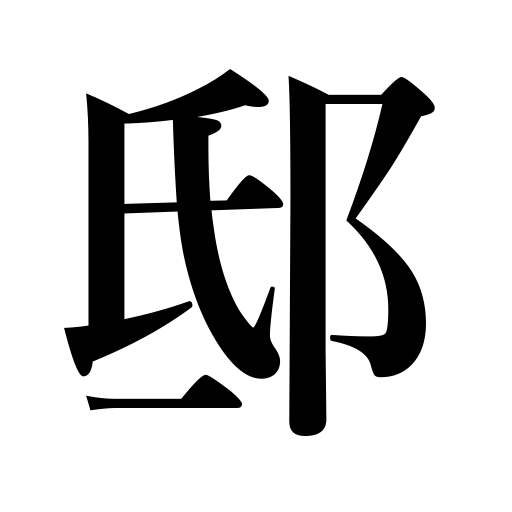
Meanings: mansion,residence